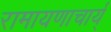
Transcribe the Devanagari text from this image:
रामायणाचार्य्